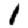
Digit: 1